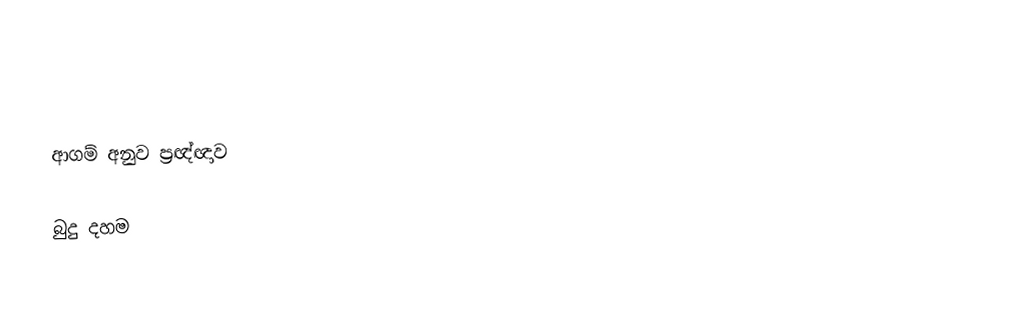

ආගම් අනුව ප්‍රඥ්ඥාව

බුදු දහම